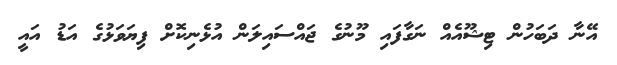
އޭނާ ދަބަހުން ޓިޝޫއެއް ނަގާފައި މޫނުގެ ޖައްސައިލަން އުޅެނިކޮށް ފިޔަވަޅުގެ އަޑު އައީ